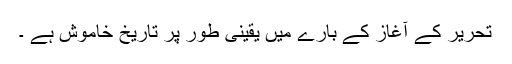
تحریر کے آغاز کے بارے میں یقینی طور پر تاریخ خاموش ہے ۔